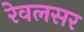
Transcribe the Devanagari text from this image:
रेवलसर